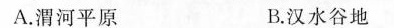
A.渭河平原 B.汉水谷地